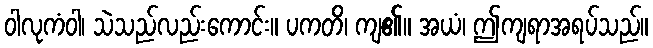
ဝါလုကံဝါ၊ သဲသည်လည်းကောင်း။ ပကတိ၊ ကျ၏။ အယံ၊ ဤကျရာအရပ်သည်။